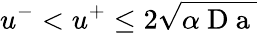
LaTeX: u^{-}<u^{+}\leq 2\sqrt{\alpha\mathrm{~D~a~}}